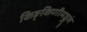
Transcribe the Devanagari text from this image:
किङ्किणीमञ्जुलं